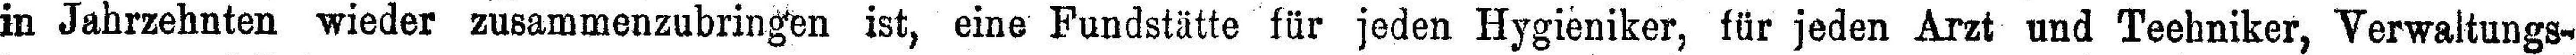
in Jahrzehnten wieder zusammenzubringen ist, eine Fundstätte für jeden Hygieniker, für jeden Arzt und Teehniker, Verwaltungs¬